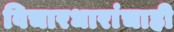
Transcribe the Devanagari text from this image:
विचारधारांचाही